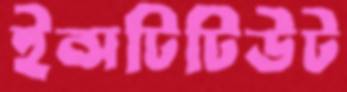
ইন্সটিটিউট